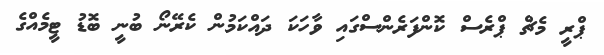
ޕްރީ މެޗް ޕްރެސް ކޮންފަރެންސްގައި ވާހަކަ ދައްކަމުން ކެރޭނޯ ބުނީ ބޮޑު ޓީމެއްގެ